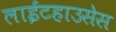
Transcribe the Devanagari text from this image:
लाईटहाउसेस